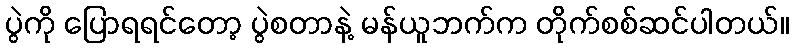
ပွဲကို ပြောရရင်တော့ ပွဲစတာနဲ့ မန်ယူဘက်က တိုက်စစ်ဆင်ပါတယ်။